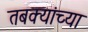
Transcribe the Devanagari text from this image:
तबक्यांच्या